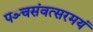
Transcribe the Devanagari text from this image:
पञ्चसंवत्सरमयं